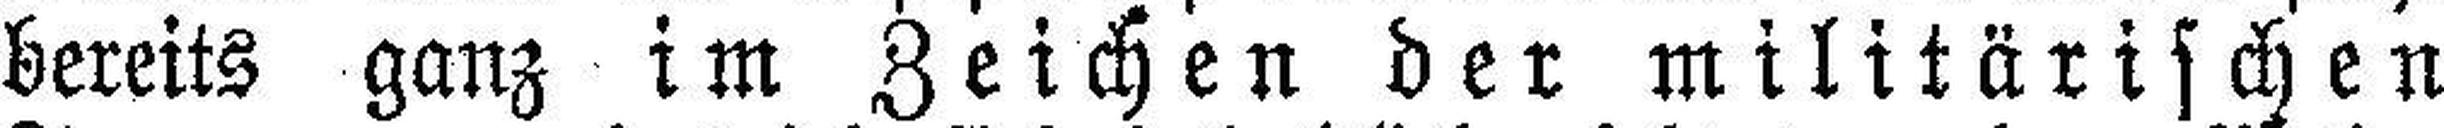
bereits ganz im Zeichen der militärischen